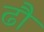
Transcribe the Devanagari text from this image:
ढौ